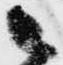
候